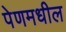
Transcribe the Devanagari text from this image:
पेणमधील